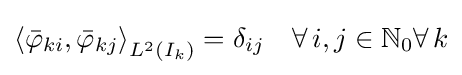
\left\langle {\bar {\varphi }}_{ki},{\bar {\varphi }}_{kj}\right\rangle _{L^{2}(I_{k})}=\delta _{ij}\quad \forall \,i,j\in \mathbb {N} _{0}\forall \,k